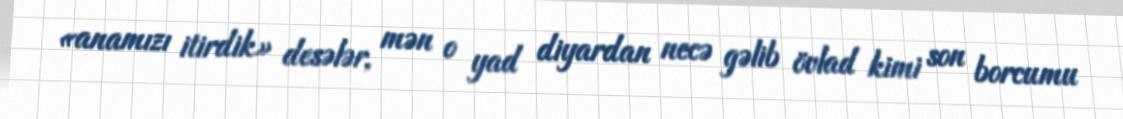
«anamızı itirdik» desələr, mən o yad diyardan necə gəlib övlad kimi son borcumu